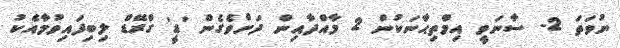
ނުވަތަ 2- ސާނަވީ އިމްތިޙާނަކުން 2 މާއްދާއިން ދަށްވެގެން 'ޑީ' ގްރޭޑް ލިބިފައިވުމާއެކު